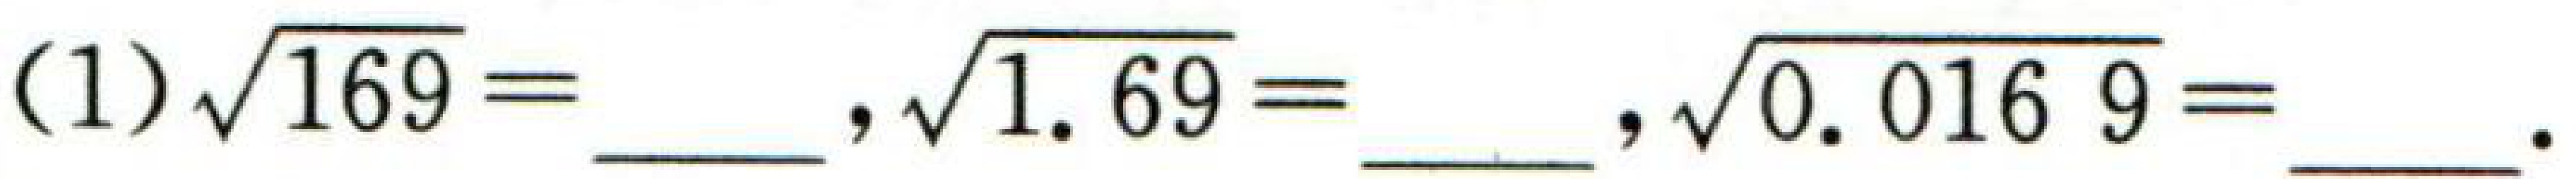
(1)\(\sqrt{169} = \underline{\quad\quad},\sqrt{1.69} = \underline{\quad\quad},\sqrt{0.0169} = \underline{\quad\quad}\).